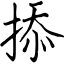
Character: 掭